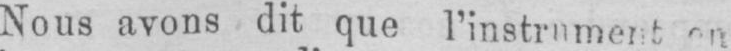
Nous avons dit que l’instrument en